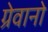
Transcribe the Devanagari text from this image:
ग्रेवानो